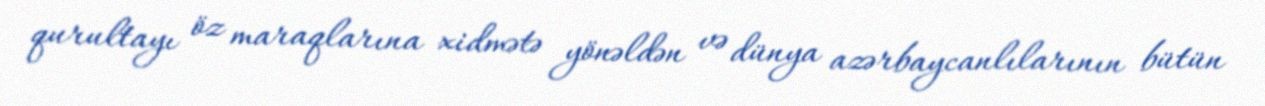
qurultayı öz maraqlarına xidmətə yönəldən və dünya azərbaycanlılarının bütün